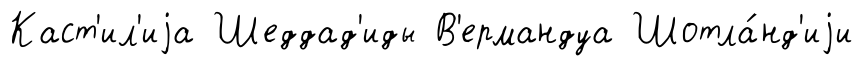
Каст'ил'иjа Шеддад'иды В'ермандуа Шотла́нд'иjи